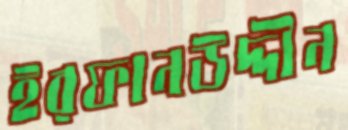
ইরফানউদ্দীন